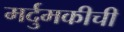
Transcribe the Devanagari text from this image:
मर्दुमकीची